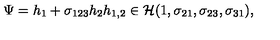
\Psi = h _ { 1 } + \sigma _ { 1 2 3 } h _ { 2 } h _ { 1 , 2 } \in { \cal H } ( 1 , \sigma _ { 2 1 } , \sigma _ { 2 3 } , \sigma _ { 3 1 } ) ,